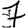
Digit: 7